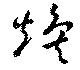
煥